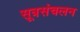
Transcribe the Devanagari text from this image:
सूत्रसंचलन